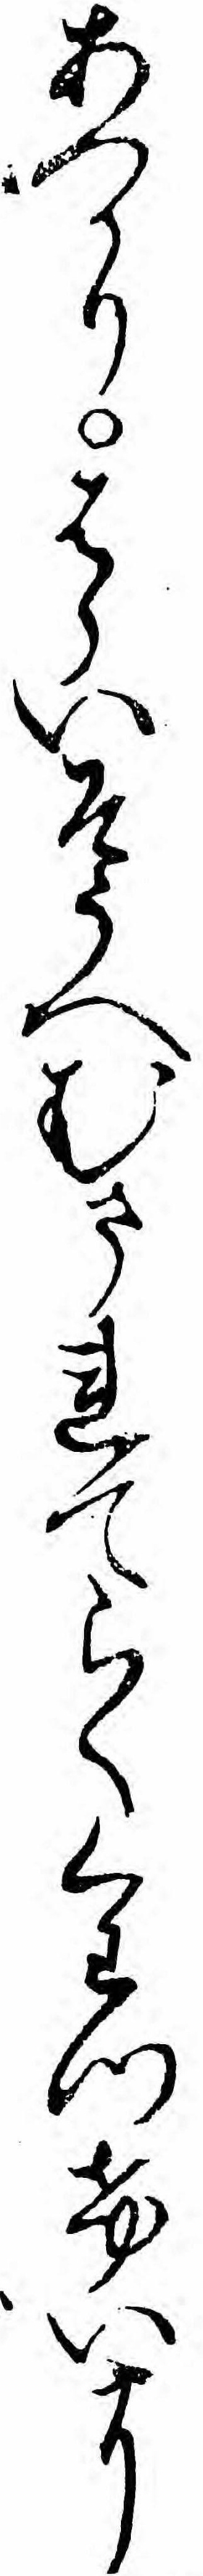
あつかりはらいそうへむまれてらくくわつけいに